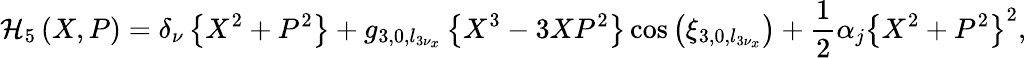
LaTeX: \displaystyle\mathcal{H}_{5}\left(X,P\right)=\delta_{\nu}\left\{ X^{2}+P^{2}\right\} +g_{3,0,l_{3\nu_{x}}}\left\{ X^{3}-3XP^{2}\right\} \cos{\left(\xi_{3,0,l_{3\nu_{x}}}\right)}+\frac{1}{2}\alpha_{j}\left\{ X^{2}+P^{2}\right\} ^{2},